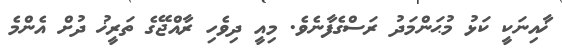
ޚާއިނަކީ ކަޅު މުޙަންމަދު ރަސްގެފާނެވެ. މިއީ ދިވެހި ރާއްޖޭގެ ތަރީޚު ދުށް އެންމެ